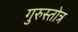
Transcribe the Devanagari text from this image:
गुरुस्तोत्र